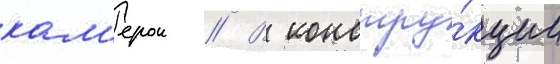
кам'ерои // В констру́кции